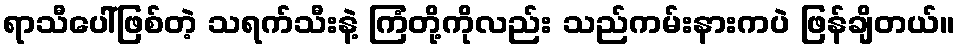
ရာသီပေါ်ဖြစ်တဲ့ သရက်သီးနဲ့ ကြံတို့ကိုလည်း သည်ကမ်းနားကပဲ ဖြန်ချိတယ်။